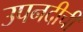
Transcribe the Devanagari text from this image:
उपनदीची